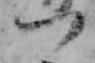
つ